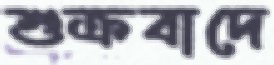
শুক্রবাদে